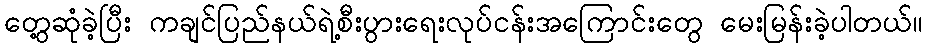
တွေ့ဆုံခဲ့ပြီး ကချင်ပြည်နယ်ရဲ့စီးပွားရေးလုပ်ငန်းအကြောင်းတွေ မေးမြန်းခဲ့ပါတယ်။